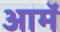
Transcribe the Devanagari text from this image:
आमॅ